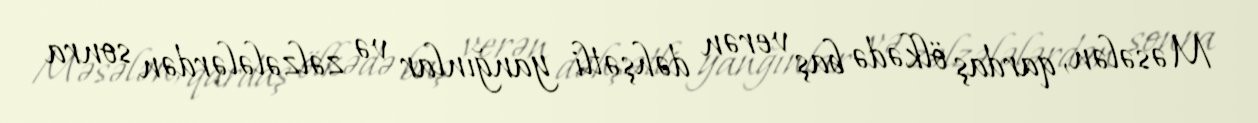
Məsələn, qardaş ölkədə baş verən dəhşətli yanğınlar və zəlzələlərdən sonra